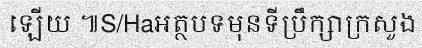
ឡើយ ៕S/Haអត្ថបទមុនទីប្រឹក្សាក្រសួង